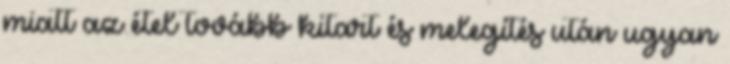
miatt az étel tovább kitart és melegítés után ugyan